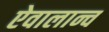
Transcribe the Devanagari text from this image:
ऐवालान्च